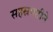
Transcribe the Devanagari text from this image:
सहस्रपटीने